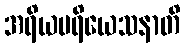
အရိယပရိယေသနာတိ